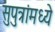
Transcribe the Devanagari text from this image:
सुपुत्रांमध्ये